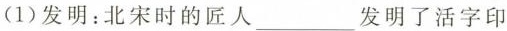
（1）发明：北宋时的匠人___发明了活字印